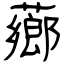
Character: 薌